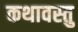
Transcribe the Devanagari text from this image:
कथावस्‍तु